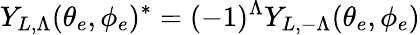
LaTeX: Y_{L,\Lambda}(\theta_{e},\phi_{e})^{*}=(-1)^{\Lambda}Y_{L,-\Lambda}(\theta_{e},\phi_{e})